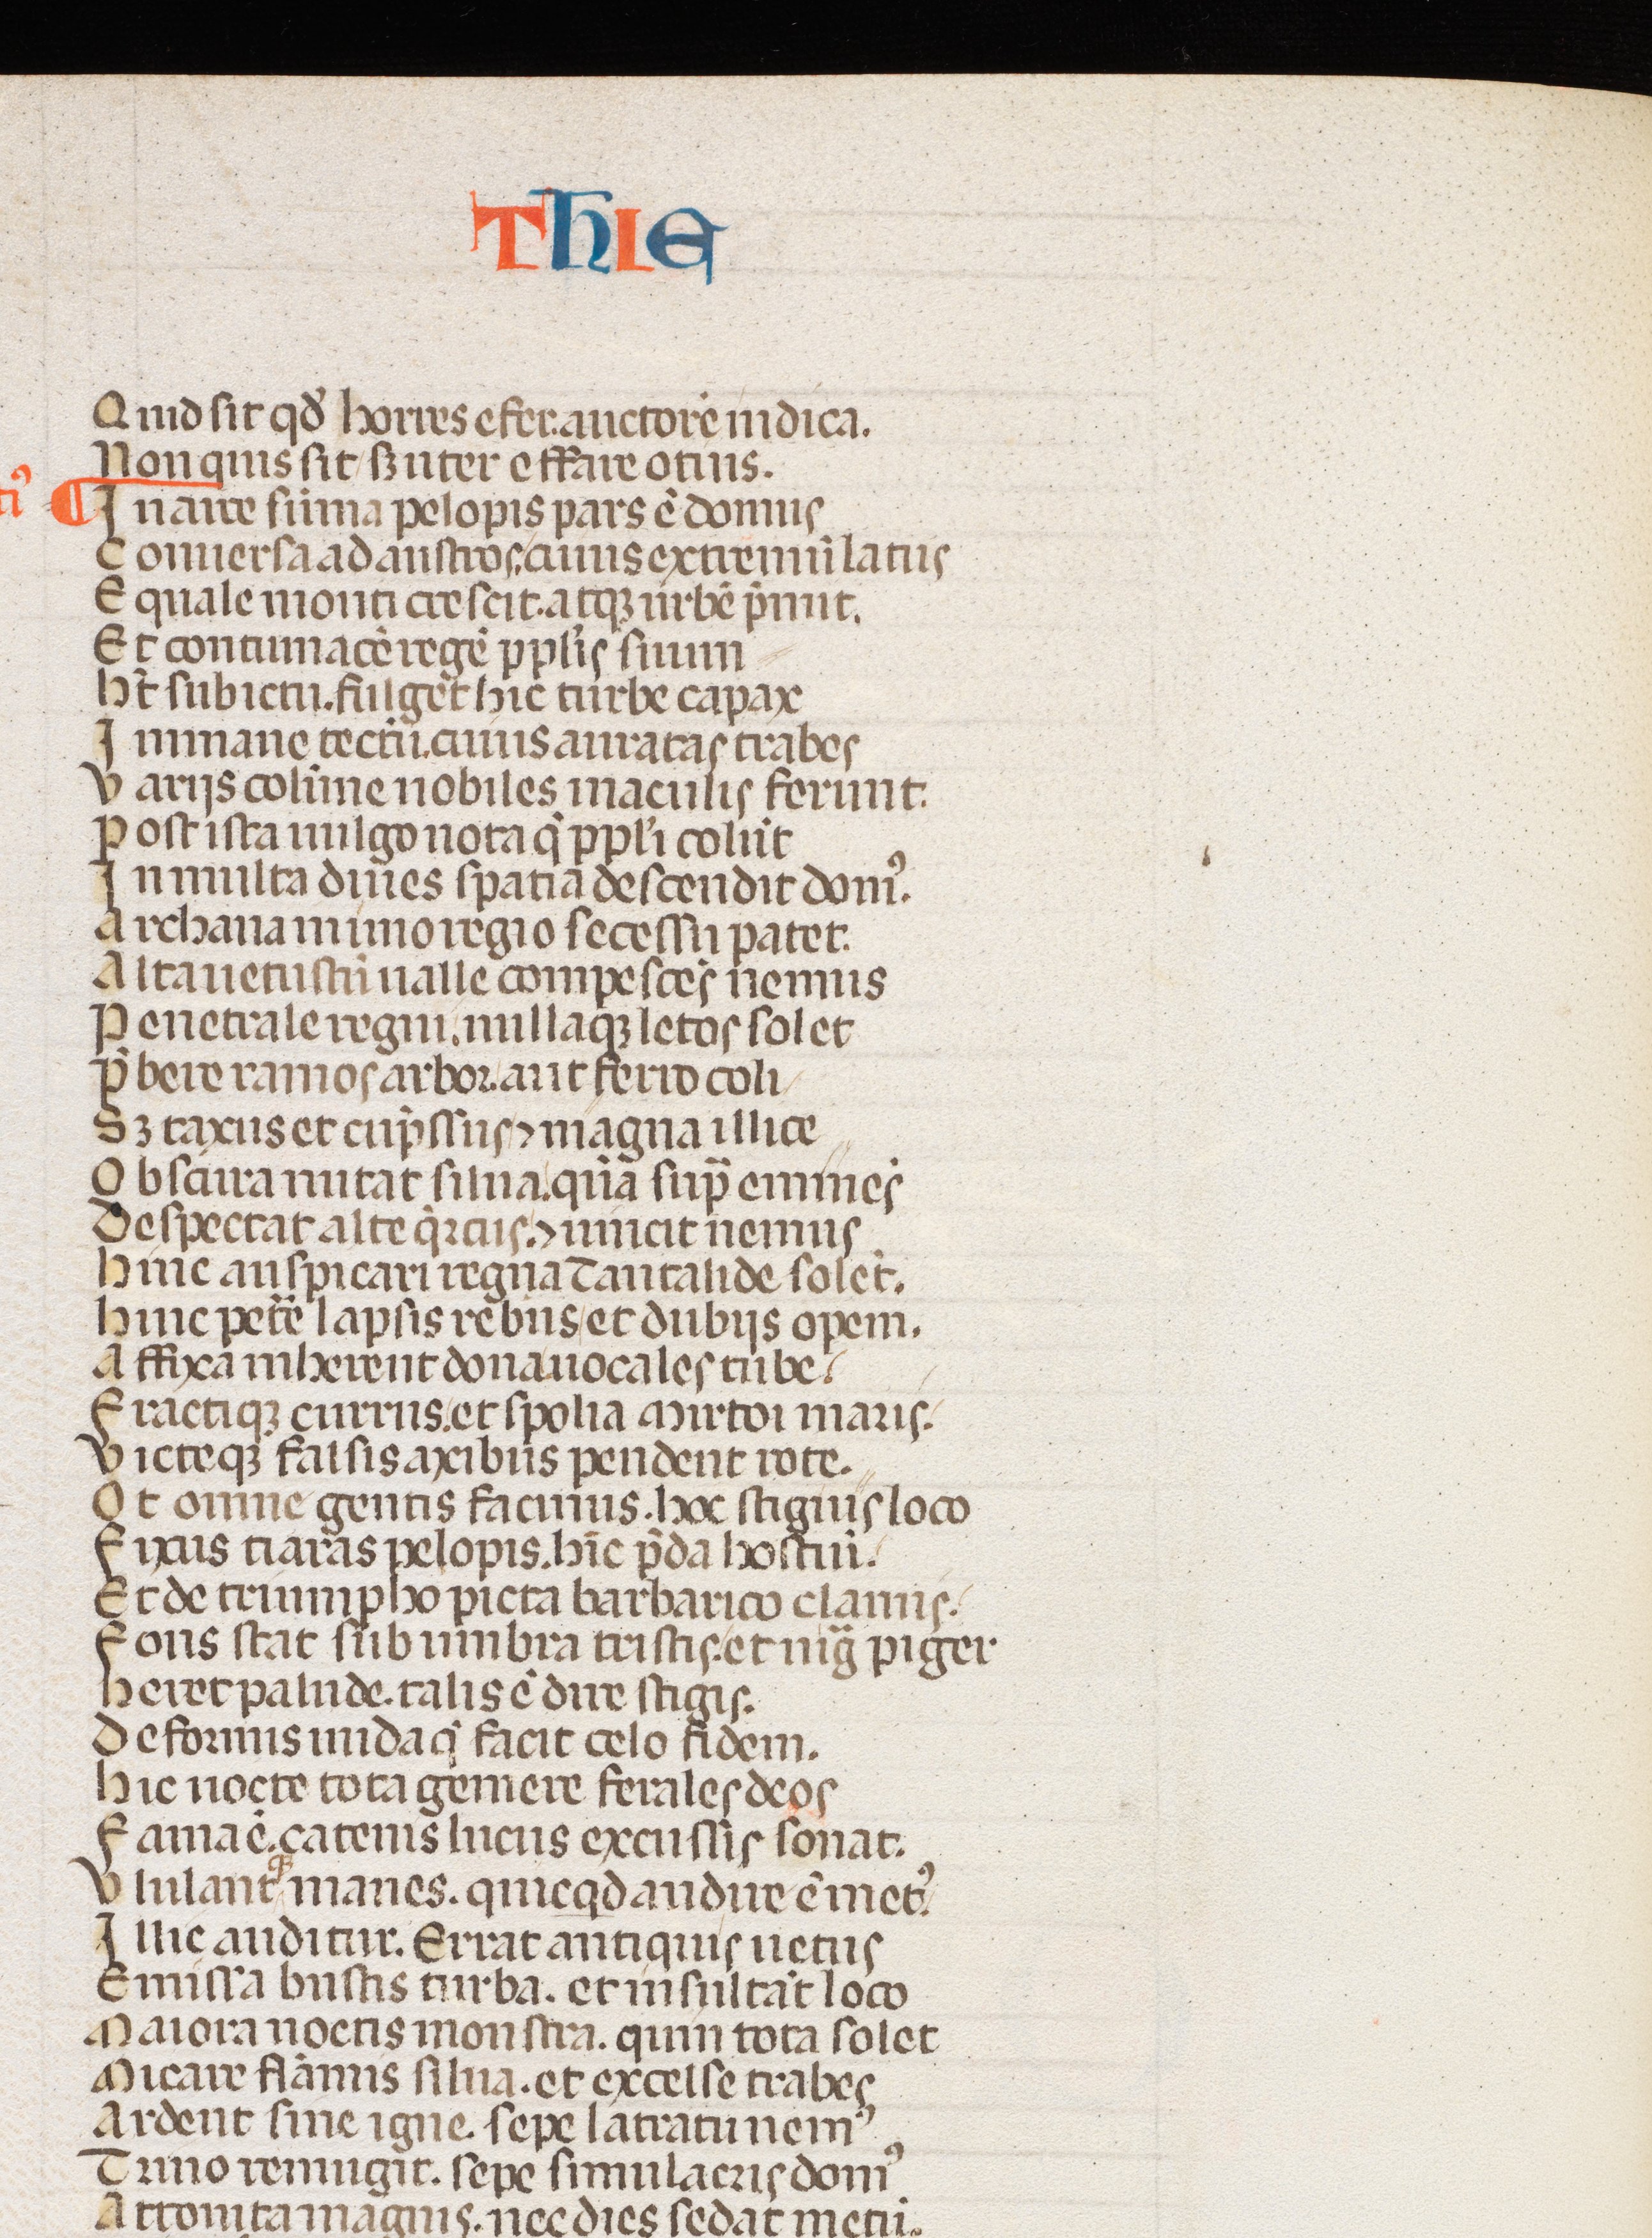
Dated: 1300–1399